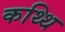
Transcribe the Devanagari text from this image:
कथ्थि